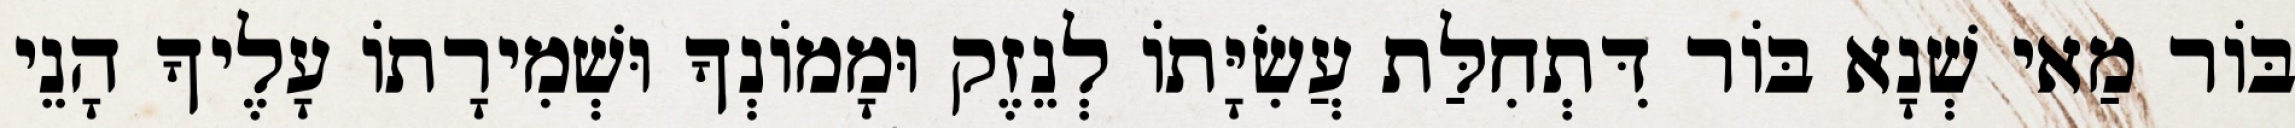
בּוֹר מַאי שְׁנָא בּוֹר דִּתְחִלַּת עֲשִׂיָּתוֹ לְנֵזֶק וּמָמוֹנְךָ וּשְׁמִירָתוֹ עָלֶיךָ הָנֵי